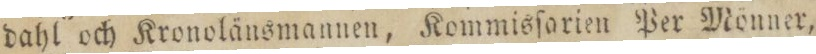
dahl och Kronolänsmannen, Kommisſarien Per Mönner,